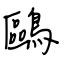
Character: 鷗